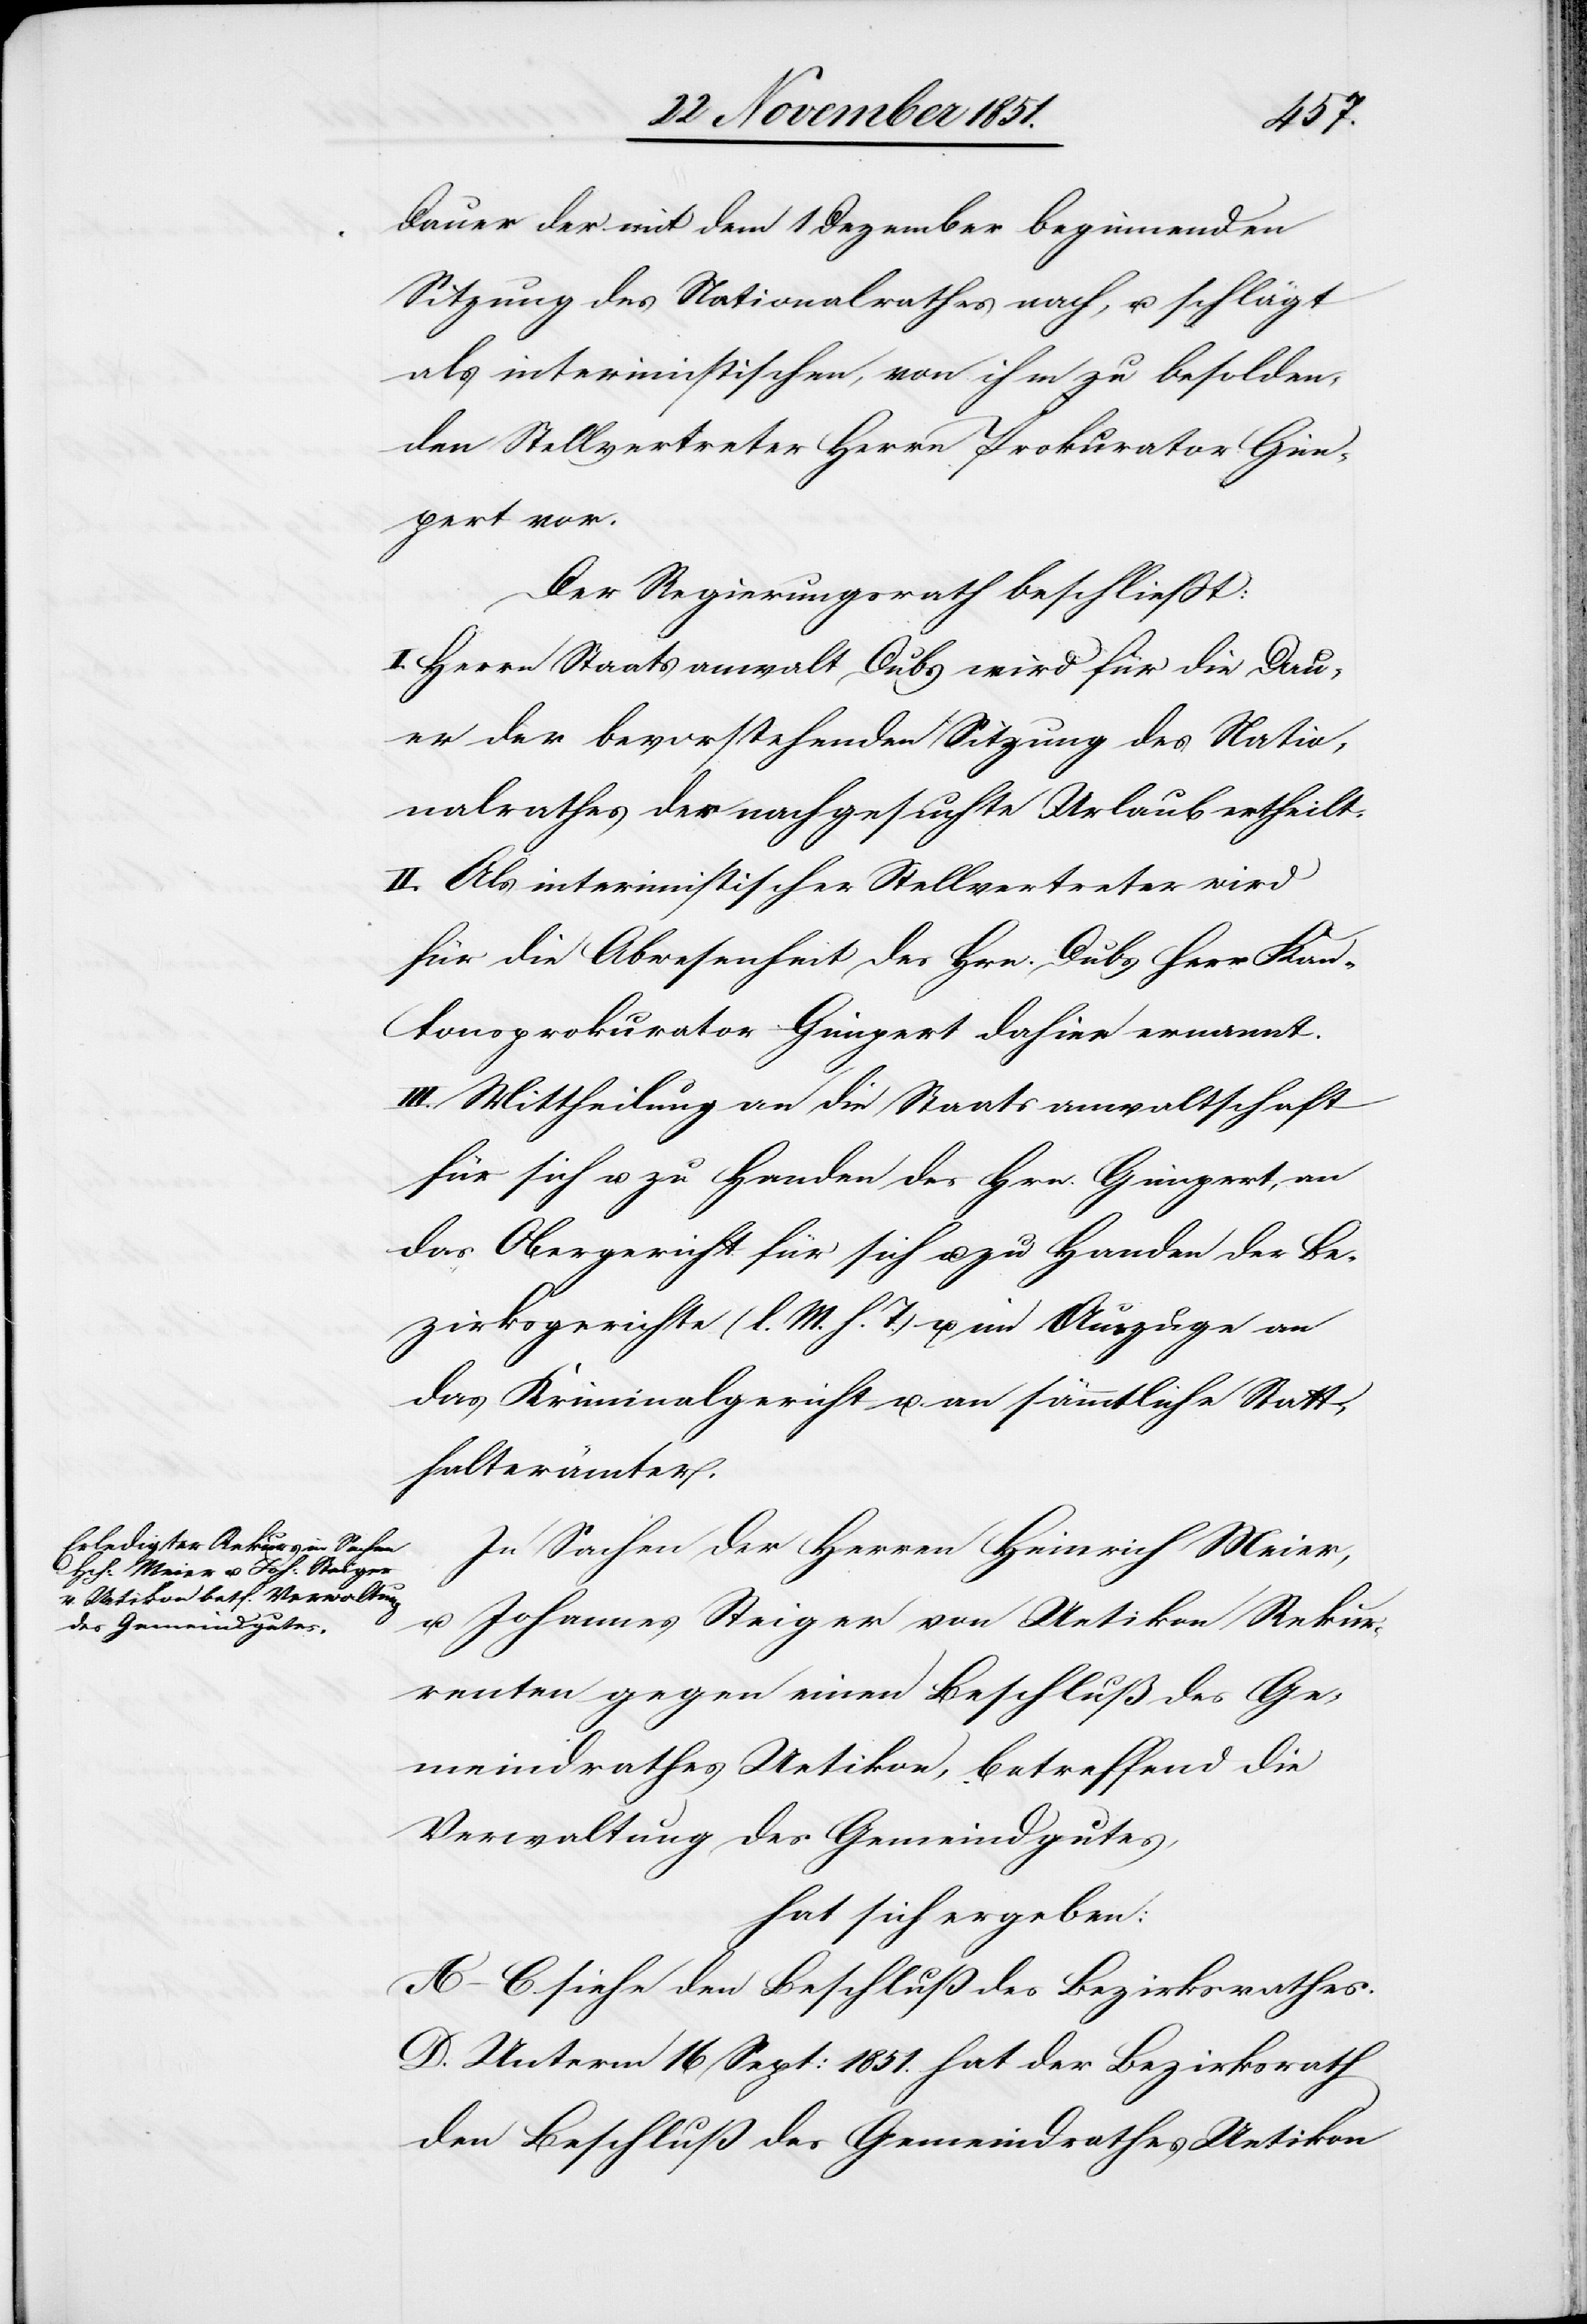
Dauer der mit dem 1 Dezember beginnenden
Sitzung des Nationalrathes nach, u. schlägt
als interimistischen, von ihm zu besolden¬
den Stellvertreter Herrn Prokurator Gim¬
pert vor.
Der Regierungsrath beschließt:
I. Herrn Staatsanwalt Dubs wird für die Dau¬
er der bevorstehenden Sitzung des Natio¬
nalrathes der nachgesuchte Urlaub ertheilt.
II. Als interimistischer Stellvertreter wird
für die Abwesenheit des Hrn. Dubs Herr Kan¬
tonsprokurator Gimpert dahier ernannt.
III. Mittheilung an die Staatsanwaltschaft
für sich u. zu Handen des Hrn. Gimpert, an
das Obergericht für sich u. zu Handen der Be¬
zirksgerichte (l. M. h. T.) u. im Auszuge an
das Kriminalgericht u. an sämmtliche Statt¬
halterämter.
In Sachen der Herren Heinrich Meier,
u. Johannes Steiger von Uetikon Rekur¬
renten gegen einen Beschluß des Ge¬
meindrathes Uetikon, betreffend die
Verwaltung des Gemeindgutes,
hat sich ergeben:
A–C. siehe den Beschluß des Bezirksrathes.
D. Unterm 16 Sept: 1851. hat der Bezirksrath
den Beschluß des Gemeindrathes Uetikon